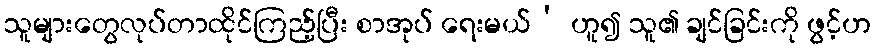
သူများတွေလုပ်တာထိုင်ကြည့်ပြီး စာအုပ် ရေးမယ်’ ဟူ၍ သူ၏ ချင်ခြင်းကို ဖွင့်ဟ